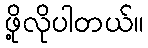
ဖို့လိုပါတယ်။